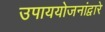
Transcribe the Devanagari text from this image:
उपाययोजनांद्वारे